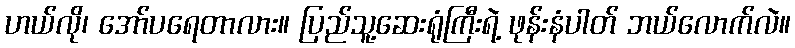
ဟယ်လို၊ အော်ပရေတာလား။ ပြည်သူ့ဆေးရုံကြီးရဲ့ ဖုန်းနံပါတ် ဘယ်လောက်လဲ။